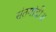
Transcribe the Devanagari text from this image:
संतमांदी॥